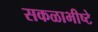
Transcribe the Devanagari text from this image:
सकळाभीष्टे